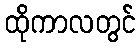
ထိုကာလတွင်